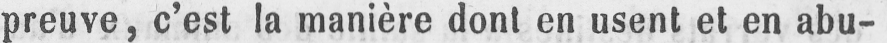
preuve, c’est la manière dont en usent et en abu-